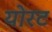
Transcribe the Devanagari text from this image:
योरट